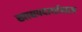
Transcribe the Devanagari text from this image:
खाद्यपदार्थाबद्दल